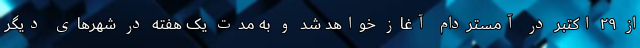
از ۲۹ اکتبر در آمستردام آغاز خواهد شد و به مدت یک هفته در شهرهای دیگر